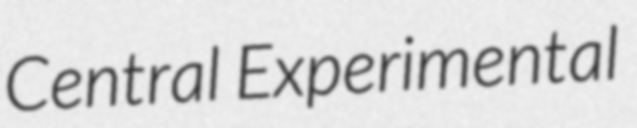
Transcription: Central Experimental